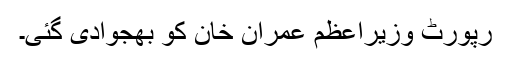
رپورٹ وزیراعظم عمران خان کو بھجوادی گئی۔